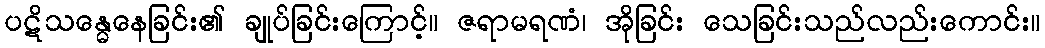
ပဋိသန္ဓေနေခြင်း၏ ချုပ်ခြင်းကြောင့်။ ဇရာမရဏံ၊ အိုခြင်း သေခြင်းသည်လည်းကောင်း။